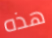
هذه